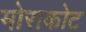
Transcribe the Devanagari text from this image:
मोराकोट